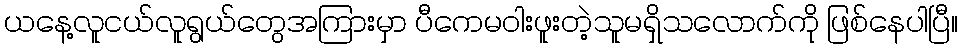
ယနေ့လူငယ်လူရွယ်တွေအကြားမှာ ပီကေမဝါးဖူးတဲ့သူမရှိသလောက်ကို ဖြစ်နေပါပြီ။